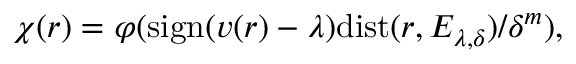
\chi ( r ) = \varphi ( \mathrm { s i g n } ( v ( r ) - \lambda ) \mathrm { d i s t } ( r , E _ { \lambda , \delta } ) / \delta ^ { m } ) ,